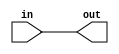

module blocking_cond (in, out);

input in;
output reg out;
reg tmp;

always @* begin
	tmp = 1;
	out = 1'b0;
	case (1'b1)
		tmp: out = in;
	endcase
	tmp = 0;
end

endmodule

// -------------------------------------------------------------

module uut(clk, arst, a, b, c, d, e, f,  out1);

input clk, arst, a, b, c, d, e, f;
output reg [3:0] out1;

always @(posedge clk, posedge arst) begin
	if (arst)
		out1 = 0;
	else begin
		if (a) begin
			case ({b, c})
				2'b00:
					out1 = out1 + 9;
				2'b01, 2'b10:
					out1 = out1 + 13;
			endcase
			if (d) begin
				out1 = out1 + 2;
				out1 = out1 + 1;
			end
			case ({e, f})
				2'b11:
					out1 = out1 + 8;
				2'b00:
					;
				default:
					out1 = out1 + 10;
			endcase
			out1 = out1 ^ 7;
		end
		out1 = out1 + 14;
	end
end

endmodule

// -------------------------------------------------------------

// extracted from ../asicworld/code_hdl_models_uart.v
// (triggered a bug in the proc_mux pass)
module uart (reset, txclk, ld_tx_data, tx_empty, tx_cnt);

input reset;
input txclk;
input ld_tx_data;

output reg tx_empty;
output reg [3:0] tx_cnt;

always @ (posedge txclk)
if (reset) begin
  tx_empty      <= 1;
  tx_cnt        <= 0;
end else begin
   if (ld_tx_data) begin
     tx_empty <= 0;
   end
   if (!tx_empty) begin
     tx_cnt <= tx_cnt + 1;
   end
end

endmodule